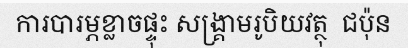
ការបារម្ភខ្លាចផ្ទុះ សង្គ្រាមរូបិយវត្ថុ  ជប៉ុន